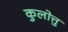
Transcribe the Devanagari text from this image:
कुलोत्तु